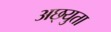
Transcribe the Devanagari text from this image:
अछ्युता